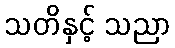
သတိနှင့် သညာ